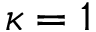
\kappa = 1